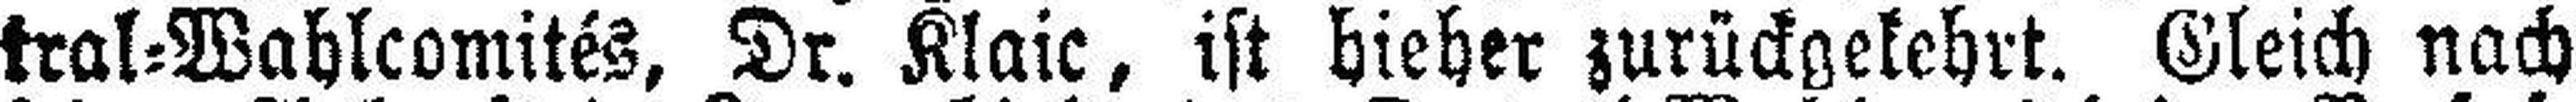
tral=Wahlcomités, Dr. Klaic, ist hieher zurückgekehrt. Gleich nach